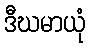
ဒီဃမာယုံ